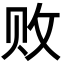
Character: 败